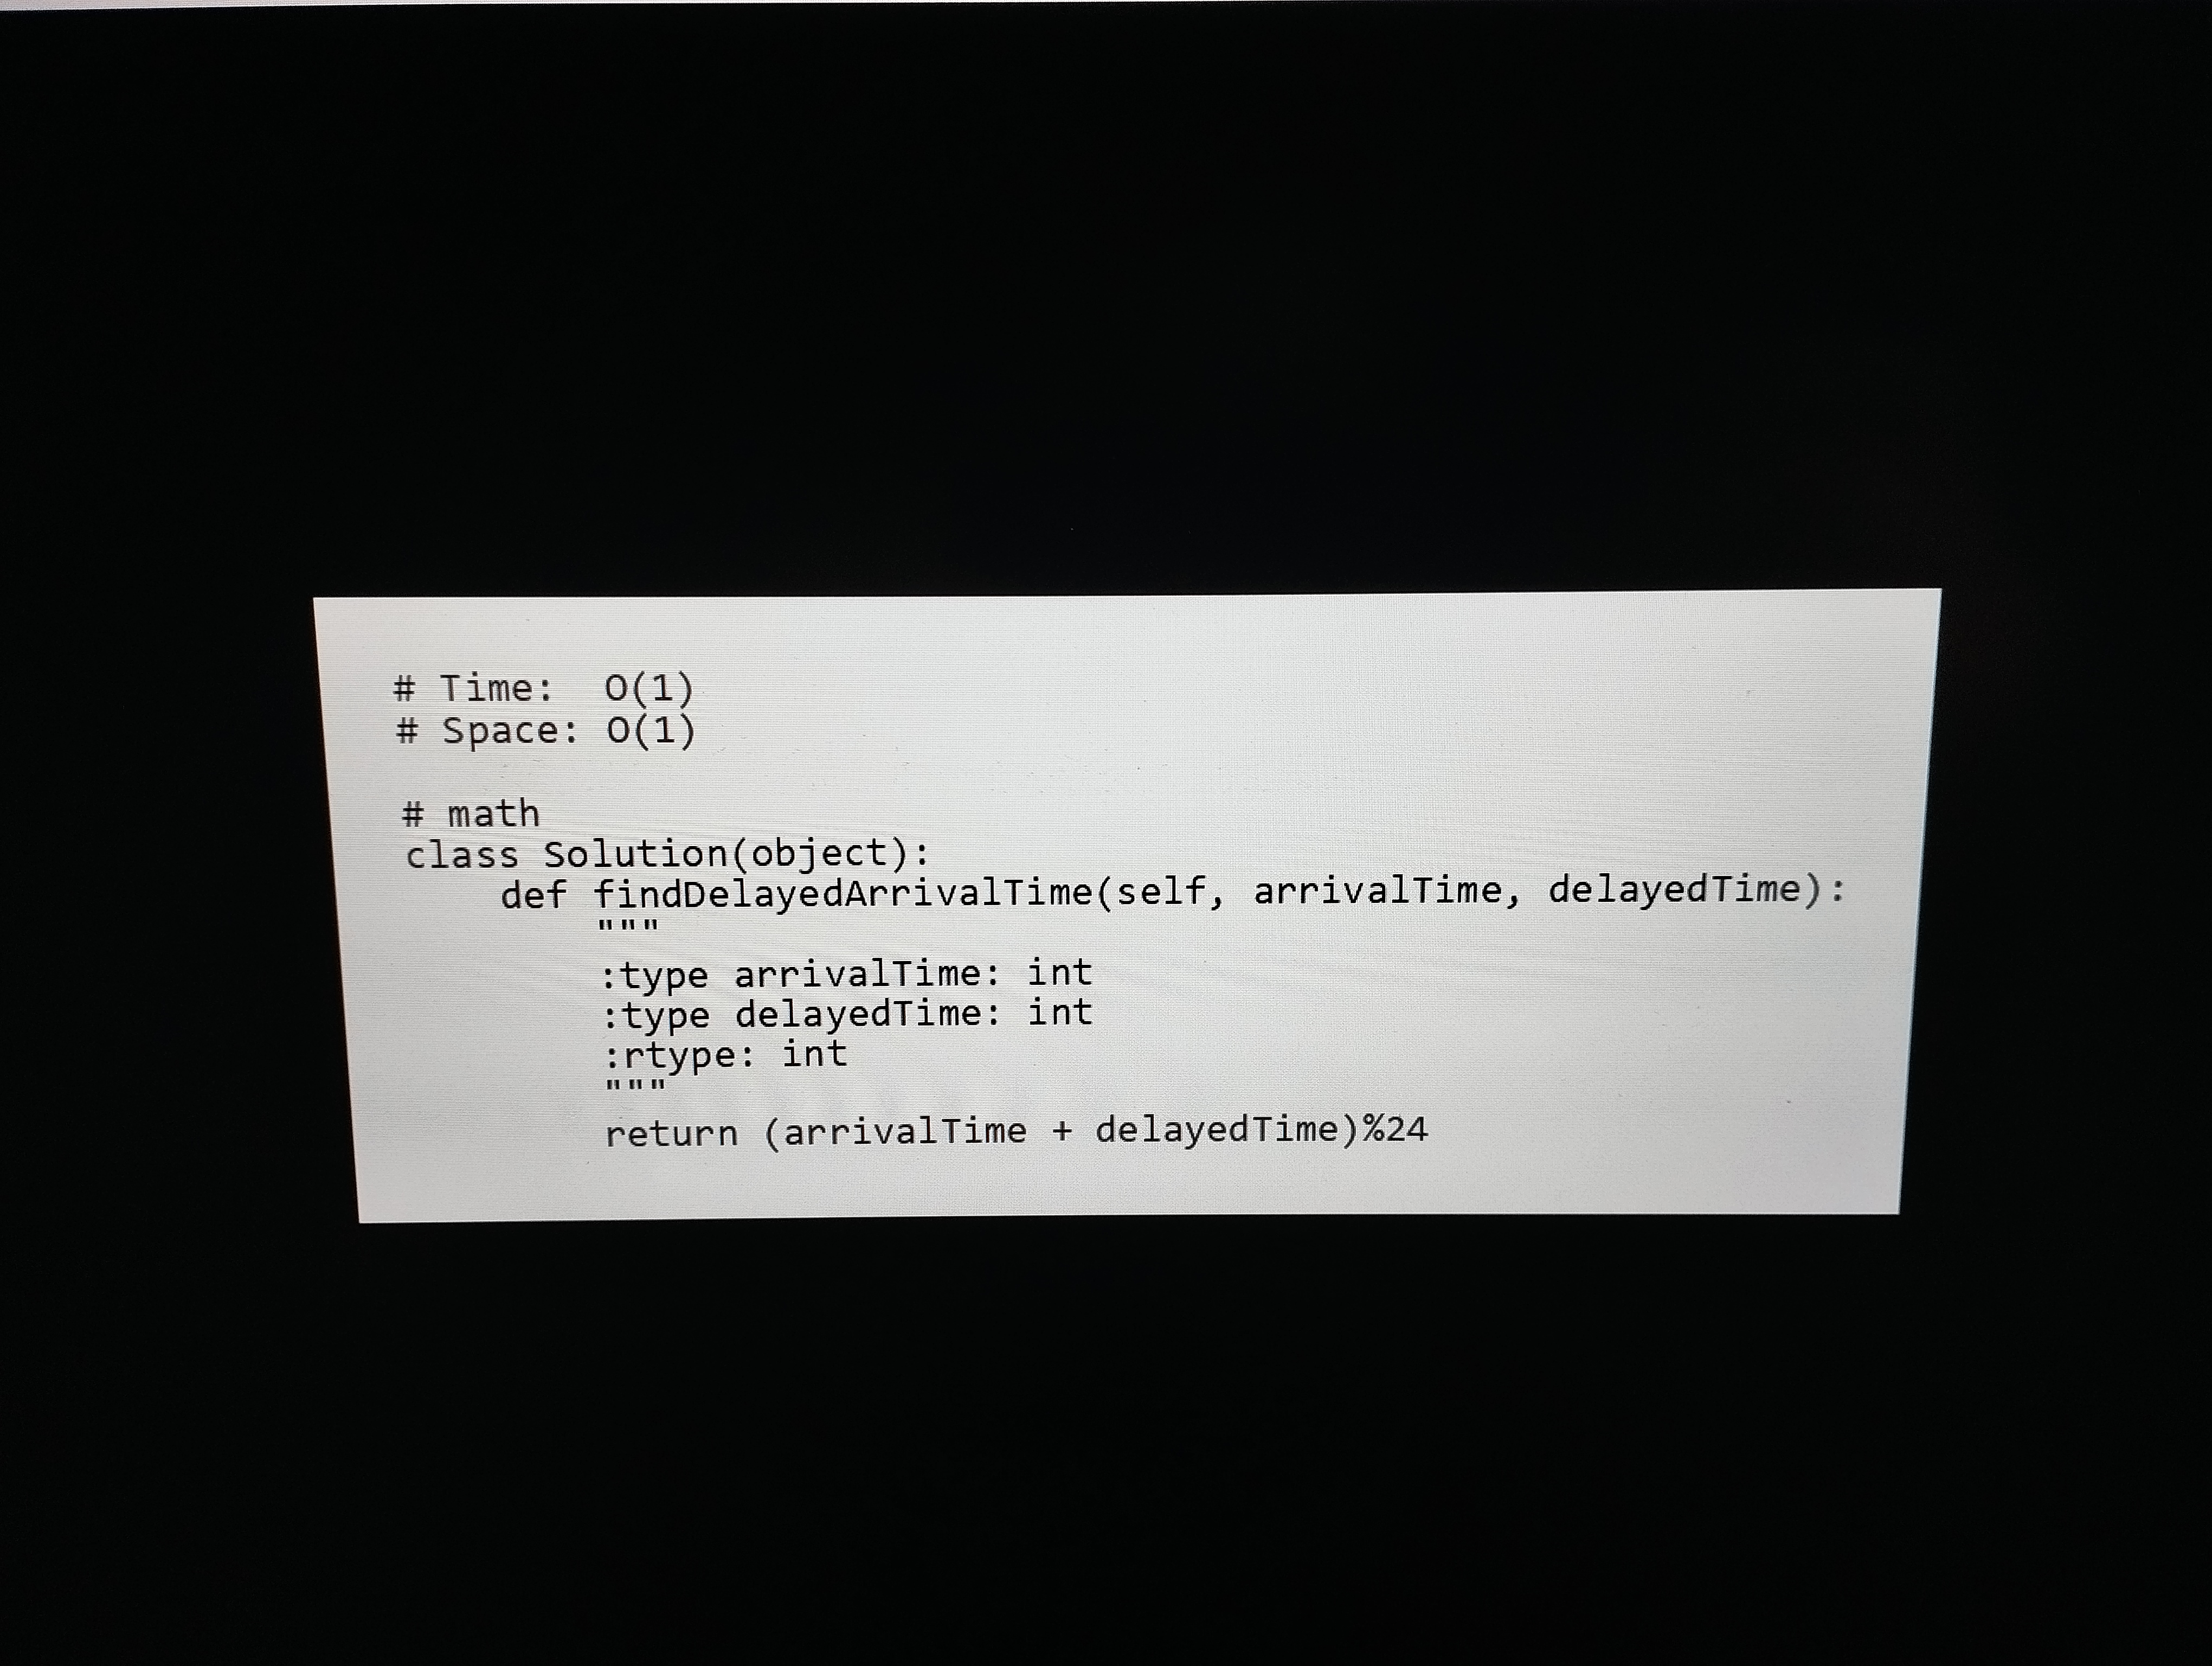
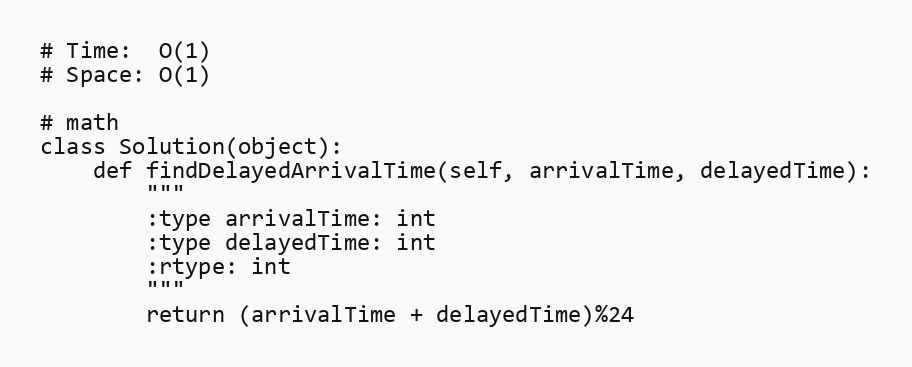
# Time:  O(1)
# Space: O(1)

# math
class Solution(object):
    def findDelayedArrivalTime(self, arrivalTime, delayedTime):
        """
        :type arrivalTime: int
        :type delayedTime: int
        :rtype: int
        """
        return (arrivalTime + delayedTime)%24